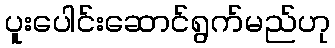
ပူးပေါင်းဆောင်ရွက်မည်ဟု